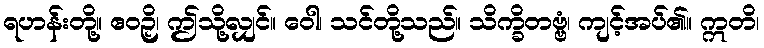
ရဟန်းတို့။ ဧဝဉှိ၊ ဤသို့လျှင်။ ဝေါ၊ သင်တို့သည်။ သိက္ခိတဗ္ဗံ၊ ကျင့်အပ်၏။ ဣတိ၊